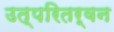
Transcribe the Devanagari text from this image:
उत्परितर्वन